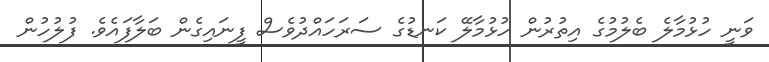
ވަނީ ހުޅުމާލެ ބެލުމުގެ އިތުރުން ހުޅުމާލޭ ކަނޑުގެ ސަރަހައްދުވެސް ފީނައިގެން ބަލާފައެވެ. ފުލުހުން